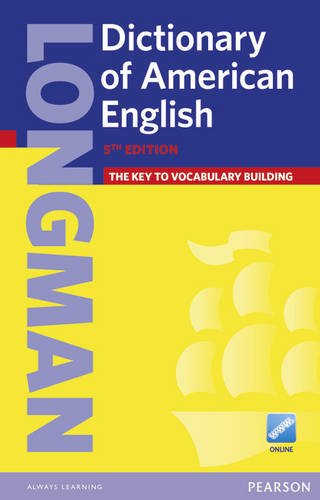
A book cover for Longman Dictionary of American English (paperback with PIN) (5th Edition); Pearson ELT; Reference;